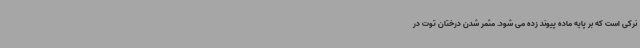
نرکی است که بر پایه ماده پیوند زده می شود. مثمر شدن درختان توت در